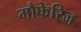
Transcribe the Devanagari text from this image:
मौफेरिज